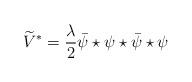
LaTeX: \begin{align*}\widetilde{V}^*=\frac{\lambda}{2} \bar{\psi}\star\psi\star\bar{\psi}\star\psi \end{align*}